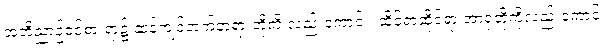
အဘိညာဉ်ဝင်စားရာ၌ ဆန့်ကျင်ဘက်တရားတို့ကို လည်းကောင်း၊ ဆိုင်ရာဆိုင်ရာ အာရုံတို့ကိုလည်းကောင်း